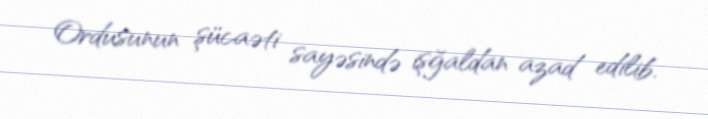
Ordusunun şücaəti sayəsində işğaldan azad edilib.